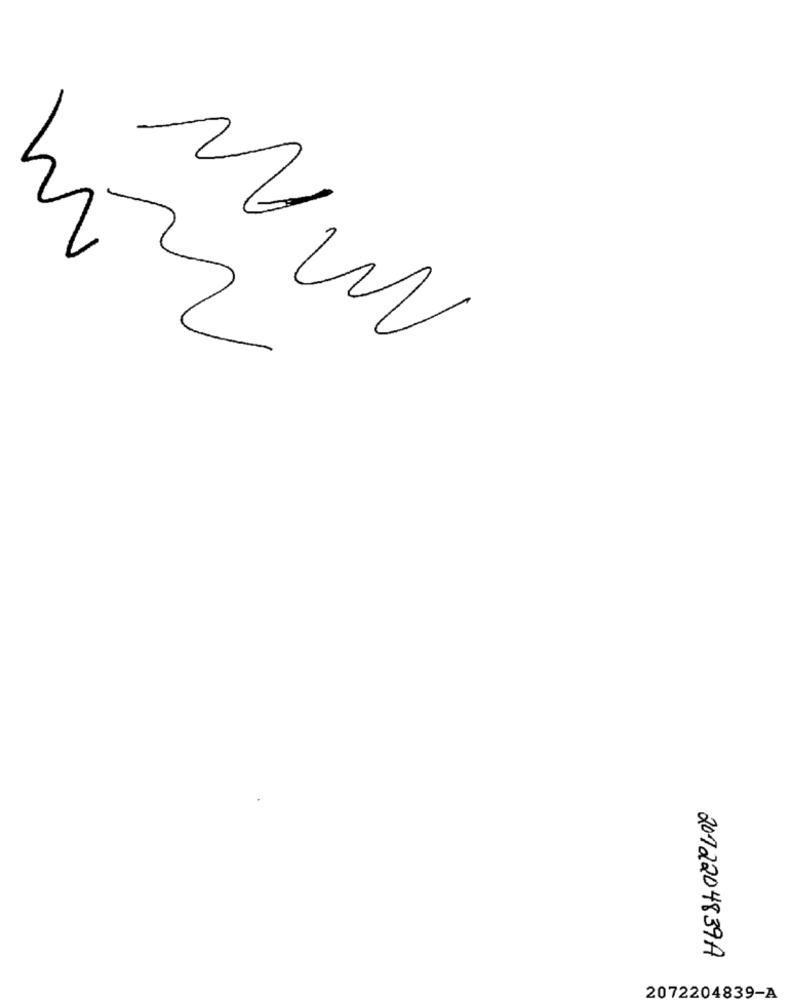
22
2012204839A
2072204839-A